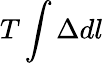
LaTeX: T\int\Delta dl